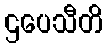
ဌပေသီတိ